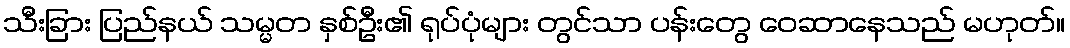
သီးခြား ပြည်နယ် သမ္မတ နှစ်ဦး၏ ရုပ်ပုံများ တွင်သာ ပန်းတွေ ဝေဆာနေသည် မဟုတ်။